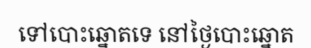
ទៅបោះឆ្នោតទេ នៅថ្ងៃបោះឆ្នោត